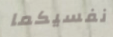
نفسيكما